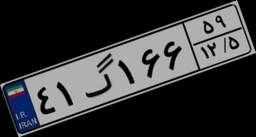
۴۱گ۱۶۶۵۹